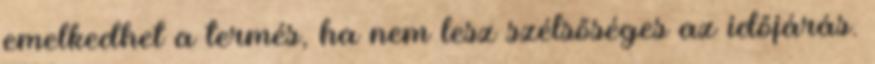
emelkedhet a termés, ha nem lesz szélsőséges az időjárás.